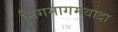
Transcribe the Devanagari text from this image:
निगमागमवादा